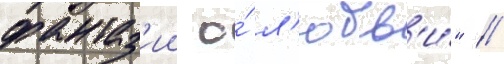
фантаз'ии о́ л'юбв'и́" /